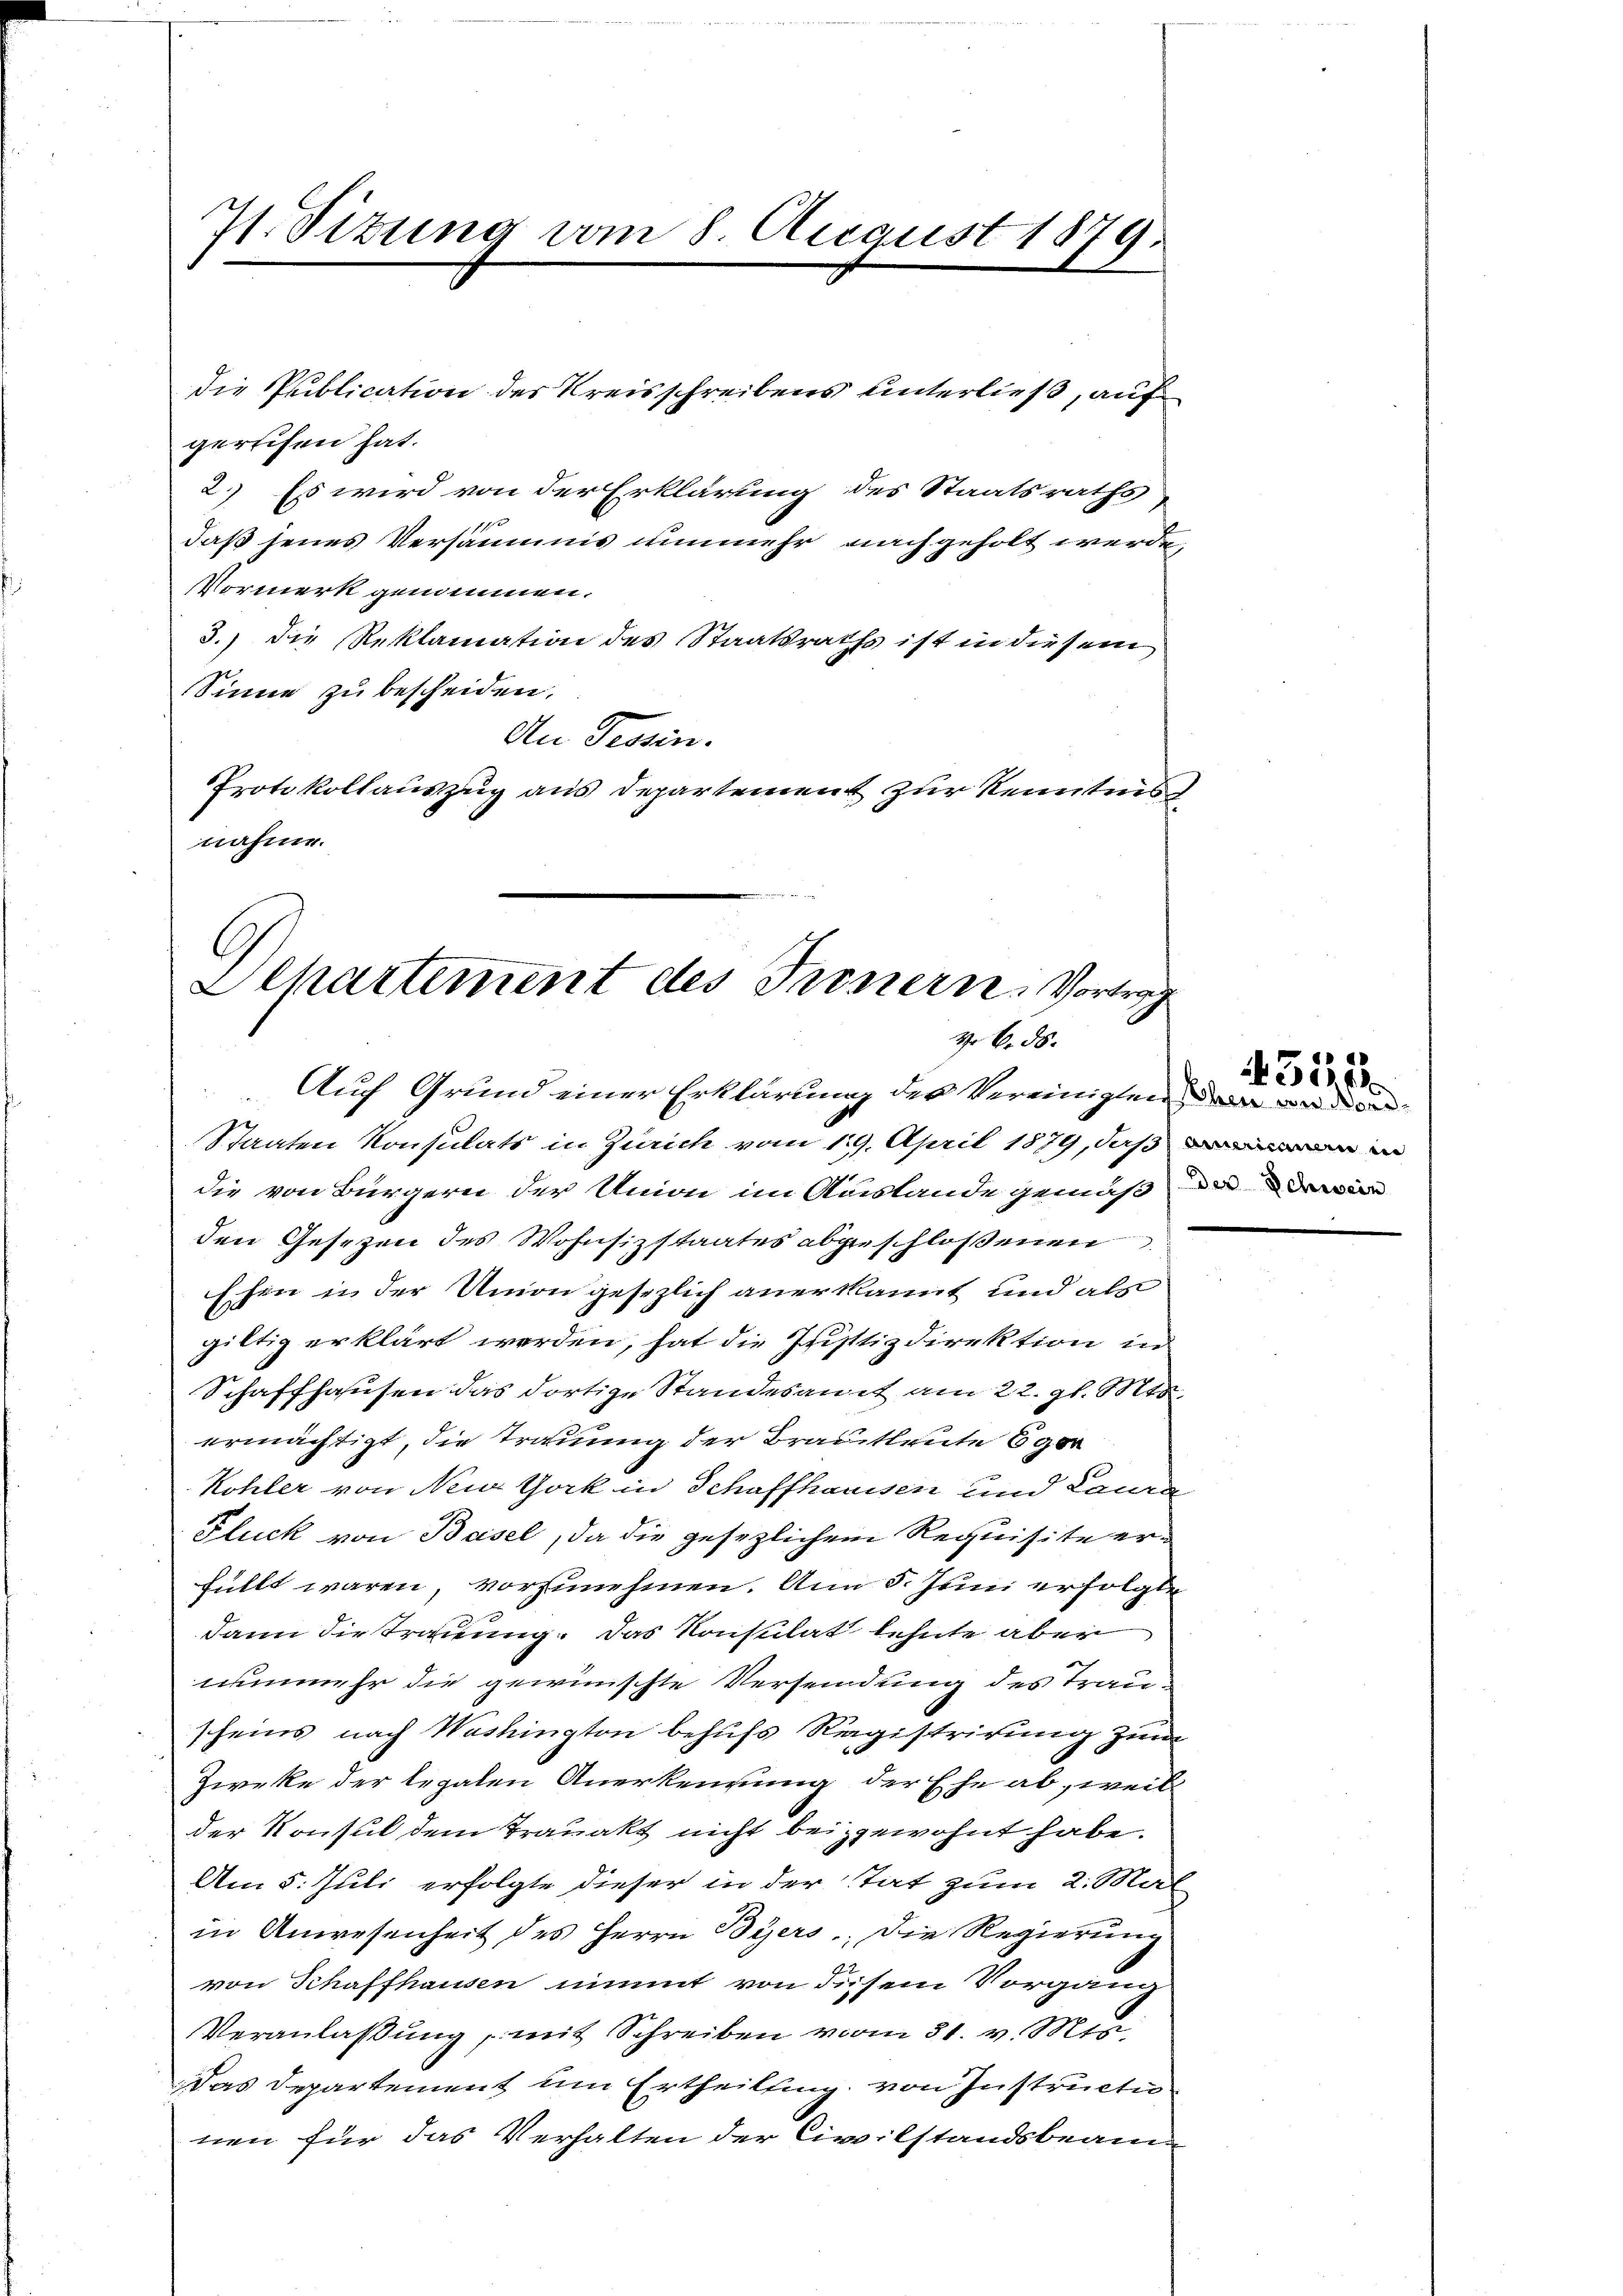
7. Sizung vom 8. August 1879.
.

die Publication des Kreisschreibens unterließ, auf
gerufen hat.
2. Es wird von der Erklärung des Staatsraths
1f x
daß jenes Versäumis nunmehr nachgeholt werde,
VVormerk genommen.
3.) Die Reklamation des Staatsraths ist in diesem
Sinne zu bescheiden.
An Tessin.
Protokollauszug aus Departement zur Kenntnis
nahme.

G
Departement des Innern. Vortrag
Z. B. d.
Auch Grund einer Erklärung der Vereinigten der Baden

Staaten Konsulats in Zürich vom 12. April 1879, daß
die von Bürgern der Union im Auslande gemäß die die
den Gesetzen des Wohnsitzstaates abgeschloßenen
Ehen in der Union gesezlich anerkannt und als
giltig erklärt werden, hat die Justizdirektion in
Schaffhausen das dortige Standesamt am 22. gl. Mts.
ermächtigt, die Trauung der Brautleute ger
Kohler von New York in Schaffhaussen und Laura
Fluck von Basel, da die gesezlichem Requisite erfüllt waren, vorzunehmen. Ann 5. Juni erfolgte
dann die Trauung. Das Konsulat lehnte aber
nunmehr die gewünschte Versendung des Trau-
scheins nach Washington behufs Registrirung zum
Zirke der legalen Anerkennung der Ehe ab, weil
der Konsul dem Trauakt nicht beizgewohnt habe.
Am 5. Juli erfolgte dieser in der Tat zum 2. Mal
in Anwesenheit des Herrn Byers. Die Regierung
von Schaffhausen nimmt von diesem Vorgang
Veranlaβŭng, mit Schreiben vom 31. v. Mts.
Das Departement um Ertheilung von Instructen
nen für das Verhalten der Civilstandsbeam

4545